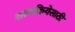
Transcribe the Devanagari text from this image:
शल्यक्रियेसाठी